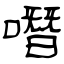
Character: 噆